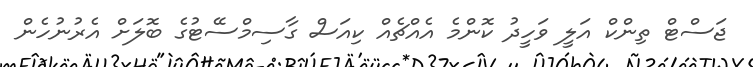
ޖަސްޓް ތިންކް އަލީ ވަހީދު ކޮންމެ އެއްޗެއް ކިއަސް ގާސިމްސޭޓުގެ ބޮލަށް އެރުނުހެން